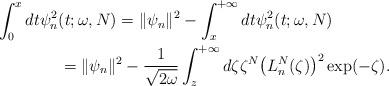
LaTeX: \begin{gather*} \int_{0}^{x}dt\psi _{n}^{2}(t;\omega ,N) = \Vert \psi _{n} \Vert ^{2}-\int_{x}^{+\infty }dt\psi _{n}^{2}(t;\omega ,N) \\\hphantom{\int_{0}^{x}dt\psi _{n}^{2}(t;\omega ,N)}{}= \Vert \psi _{n} \Vert ^{2}-\frac{1}{\sqrt{2\omega }} \int_{z}^{+\infty }d\zeta \zeta ^{N}\big( L_{n}^{N}(\zeta) \big) ^{2}\exp ( -\zeta ) .\end{gather*}